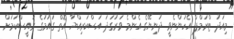
މިއަދު ޓްރަމްޕް އެހުންނެވީ ދުނިޔޭގެ އެންމެ ވަރުގަދަ އަސްކަރިއްޔާ އޮތް ގައުމުގެ ރައީސްކަމަށް